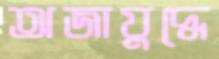
অজাযুদ্ধে